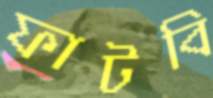
ফাটবি